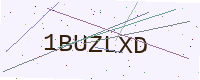
Text: 1BUZLXD